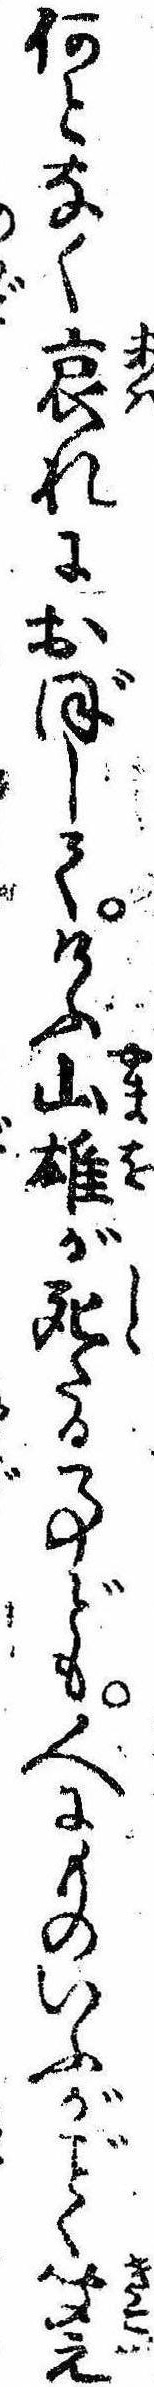
何となく哀れにおぼしてけふ山雄が死たる事ども人にものいふがく聞え